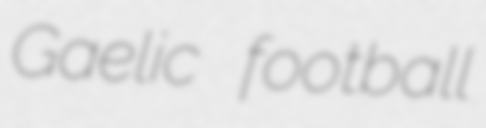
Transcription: Gaelic football